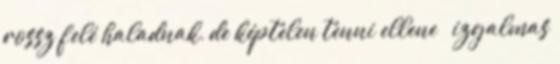
rossz felé haladnak, de képtelen tenni ellene – izgalmas